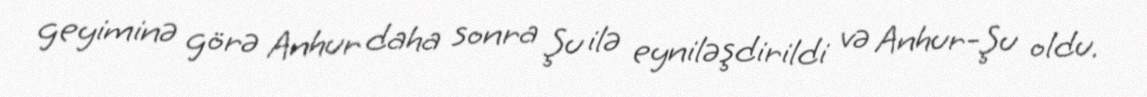
geyiminə görə Anhur daha sonra Şu ilə eyniləşdirildi və Anhur-Şu oldu.